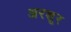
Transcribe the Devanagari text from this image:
अरशूर